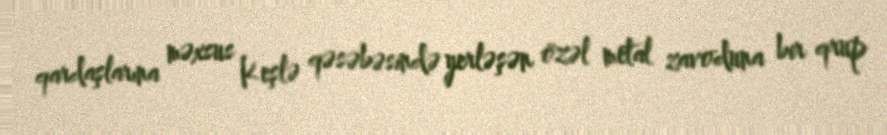
qardaşlarına məxsus Keşlə qəsəbəsində yerləşən özəl metal zavoduna bir qrup